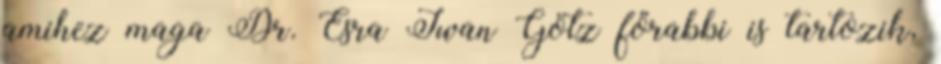
amihez maga Dr. Esra Iwan Götz főrabbi is tartozik,